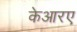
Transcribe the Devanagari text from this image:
केआरए